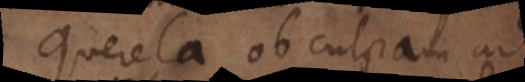
Querela ob culpam ad